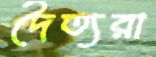
দৈত্যরা